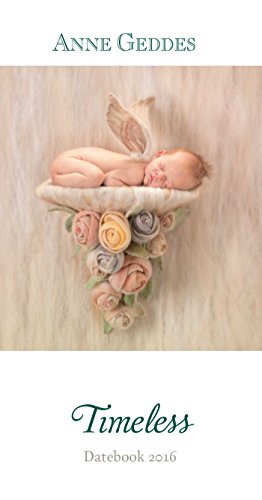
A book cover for Anne Geddes 2016 Monthly/Weekly Pocket Planner: Timeless; Anne Geddes; Arts & Photography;